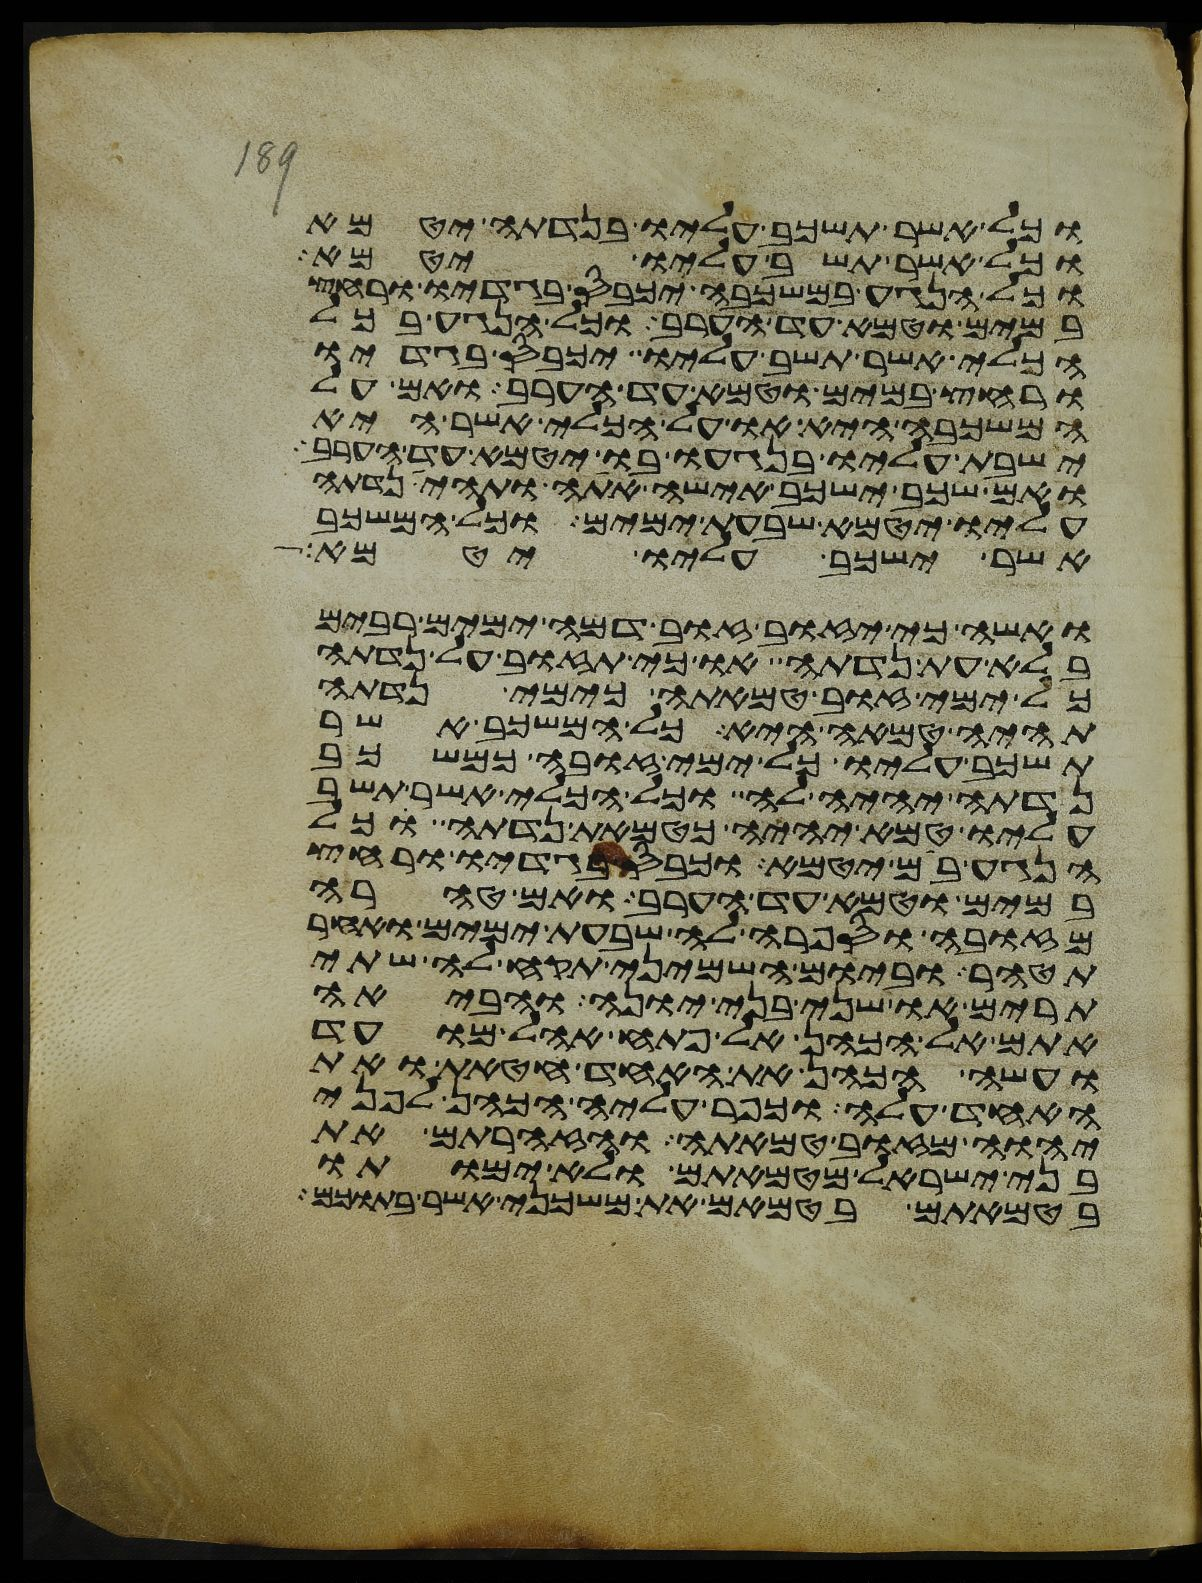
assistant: וכל אשר תשכב עליו בנדתה יטמא
וכל אשר תשב עליו יטמא
וכל הנגע במשכבה יכבס בגדיו ורחץ
במים וטמא עד הערב וכל הנגע בכל
הכלי אשר תשב עליו יכבס בגדיו
ורחץ במים וטמא עד הערב ואם על
המשכבה היא או על הכלי אשר היא
ישבת עליו בנגעו בו יטמא עד הערב
ואם שכב ישכב אישה אתה ותהי נדתה
עליו יטמא שבעת ימים וכל המשכב
אשר ישכב עליו יטמא
ואשה כי יזוב זוב דמה ימים רבים
בלא עת נדתה או כי תזוב על נדתה
כל ימי זוב טמאתה כימי נדתה
תהיה טמאה היא כל המשכב אשר
תשכב עליו כל ימי זובה כמשכב
נדתה יהיה לה וכל הכלי אשר תשב
עליו טמא יהיה כטמאת נדתה כל
הנגע בם יטמא וכבס בגדיו ורחץ
במים וטמא עד הערב ואם טהרה
מזובה וספרה לה שבעת ימים ואחר
תטהר וביום השמיני תקח לה שתי
תרים או שני בני יונה והביאה
אתם אל הכהן אל פתח אהל מועד
ועשה הכהן את האחד חטאת ואת
האחד עלה וכפר עליה הכהן לפני
יהוה מזוב טמאתה והזהרתם את
בני ישראל מטמאתם ולא ימותו
בטמאתם בטמאם את משכני אשר בתוכם